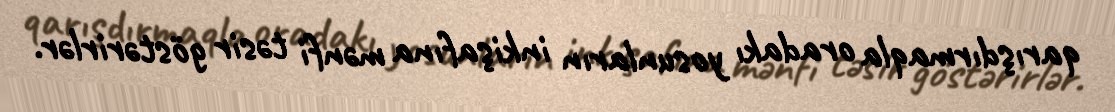
qarışdırmaqla oradakı yosunların inkişafına mənfi təsir göstərirlər.